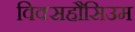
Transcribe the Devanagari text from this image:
विक्सहौसिउम